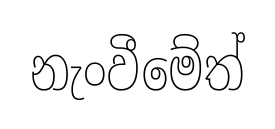
නැංවීමේත්